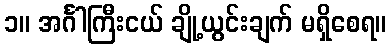
၁။ အင်္ဂါကြီးငယ် ချို့ယွင်းချက် မရှိစေရ။